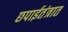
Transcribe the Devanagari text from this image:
छपाईतंत्रात